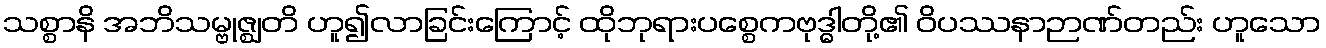
သစ္စာနိ အဘိသမ္ဗုဇ္ဈတိ ဟူ၍လာခြင်းကြောင့် ထိုဘုရားပစ္စေကဗုဒ္ဓါတို့၏ ဝိပဿနာဉာဏ်တည်း ဟူသော